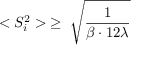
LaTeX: < S _ { i } ^ { 2 } > \; \ge \; { \sqrt \frac { 1 } { \beta \cdot 1 2 \lambda } }